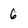
Character: 6